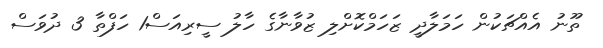
ތޫނު އެއްޗަކުން ހަމަލާދީ ޒަހަމްކޮށްލި ޒުވާނާގެ ހާލު ސީރިއަސް1 ހަފްތާ 3 ދުވަސް